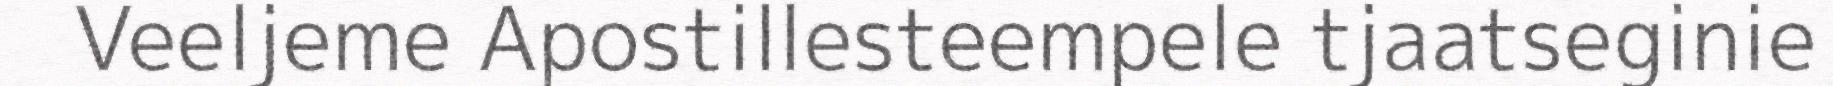
Veeljeme Apostillesteempele tjaatseginie